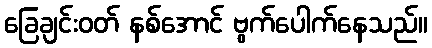
ခြေချင်းဝတ် နစ်အောင် ဗွက်ပေါက်နေသည်။